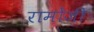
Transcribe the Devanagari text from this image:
रामोंजी